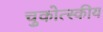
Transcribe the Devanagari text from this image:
चुकोत्स्कीय